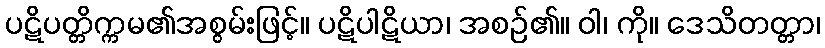
ပဋိပတ္တိက္ကမ၏အစွမ်းဖြင့်။ ပဋိပါဋိယာ၊ အစဉ်၏။ ဝါ၊ ကို။ ဒေသိတတ္တာ၊